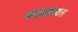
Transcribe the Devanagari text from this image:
मनसामंगल